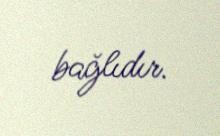
bağlıdır.